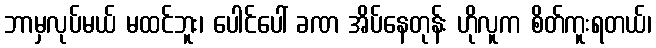
ဘာမှလုပ်မယ် မထင်ဘူး၊ ပေါင်ပေါ် ခဏ အိပ်နေတုန်း ဟိုလူက စိတ်ကူးရတယ်၊